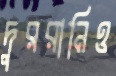
দুররানিও